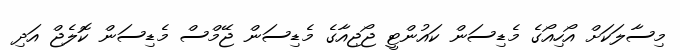
މިސާލަކަށް އޯހިއޯގެ މެޑިސަން ކައުންޓީ ޖޯޖިއާގެ މެޑިސަން ޖޭމްސް މެޑިސަން ކޮލެޖް އަދި